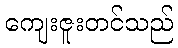
ကျေးဇူးတင်သည်